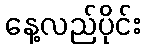
နေ့လည်ပိုင်း